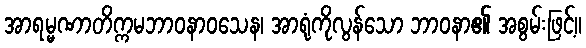
အာရမ္မဏာတိက္ကမဘာဝနာဝသေန၊ အာရုံကိုလွန်သော ဘာဝနာ၏ အစွမ်းဖြင့်။